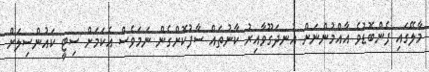
މާލޭގައި ފެންބޮޑުވެ އާއްމުންނަށް އުނދަގޫވާއިރު ކާނުތައް ސާފުކޮށްގެން ނަމަވެސް އެކަމަށް ސިޓީ ކައުންސިލަށް